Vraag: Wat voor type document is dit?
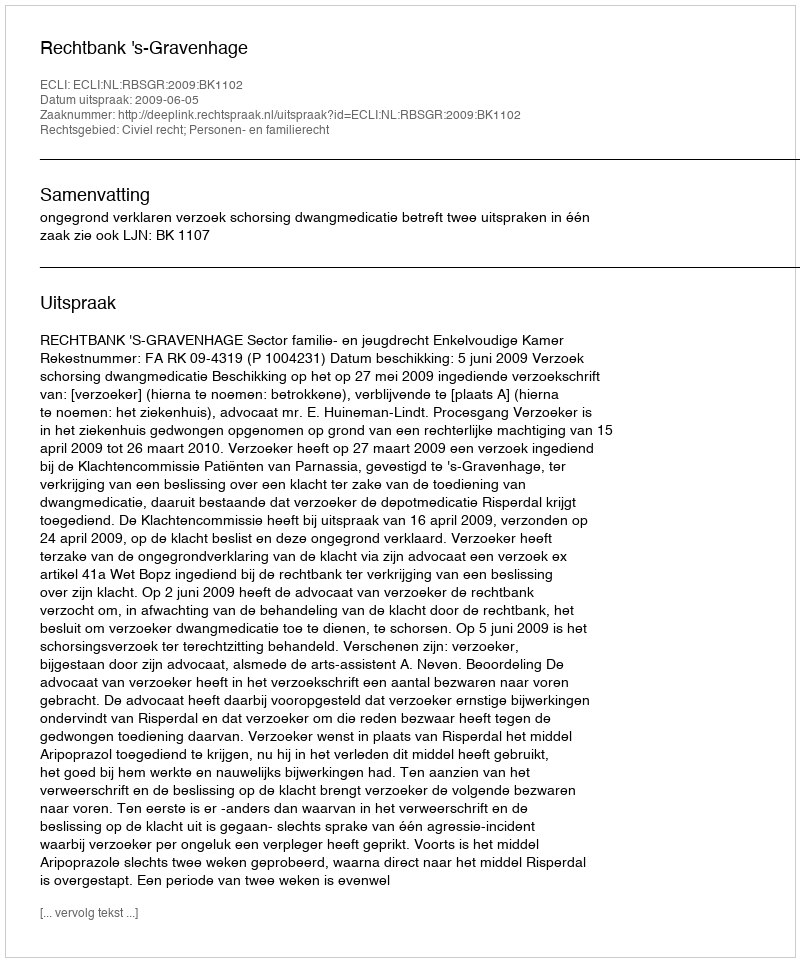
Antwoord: Uitspraak